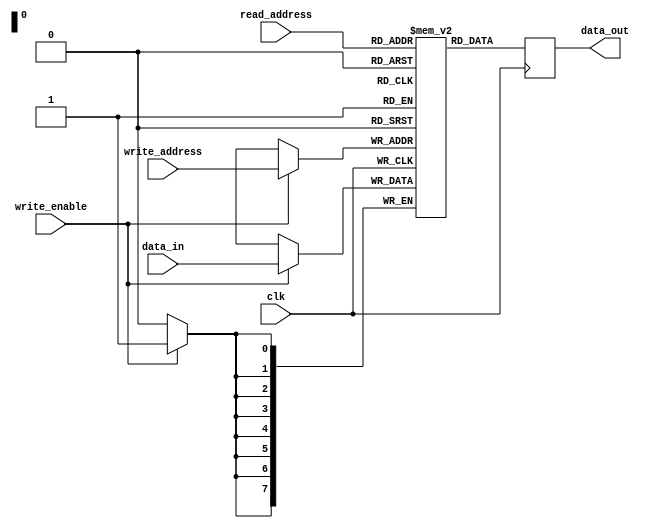
module register_file(
  input wire clk,
  input wire write_enable,
  input wire [7:0] write_address,
  input wire [7:0] read_address,
  input wire [7:0] data_in,
  output reg [7:0] data_out
);

reg [7:0] memory [255:0]; // 256 registers each with 8 bits

always @(posedge clk) begin
  if(write_enable) begin
    memory[write_address] <= data_in;
  end
  data_out <= memory[read_address];
end

endmodule